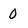
Character: 0